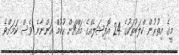
މީގެ އިތުރުން ކްލަބުތަކުގެ 24 އޮފިޝަލެއްގެ މައްޗަށް ހުކުމް އަންނާނެ ވެސް ކަމަށްވެ